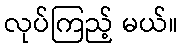
လုပ်ကြည့် မယ်။